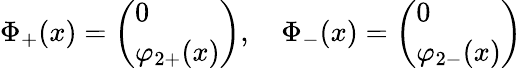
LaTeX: \Phi_{+}(x)=\left(\begin{array}{l}{{0}}\\ {{\varphi_{2+}(x)}}\end{array}\right),\quad\Phi_{-}(x)=\left(\begin{array}{l}{{0}}\\ {{\varphi_{2-}(x)}}\end{array}\right)